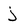
Character: j